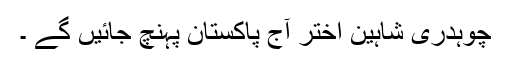
چوہدری شاہین اختر آج پاکستان پہنچ جائیں گے ۔